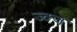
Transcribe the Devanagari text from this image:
ज्क्ज